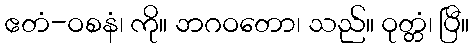
ဧတံ-ဝစနံ၊ ကို။ ဘဂဝတော၊ သည်။ ဝုတ္တံ၊ ပြီ။